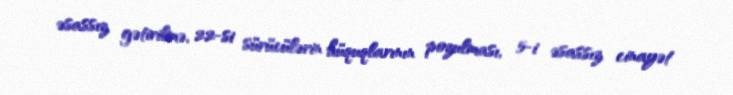
əsassız gətirilmə, 22-si sürücülərin hüquqlarının pozulması, 5-i əsassız cinayət